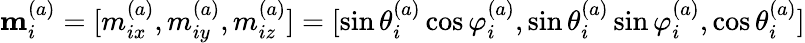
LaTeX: \mathbf{m}_{i}^{(a)}=[m_{ix}^{(a)},m_{iy}^{(a)},m_{iz}^{(a)}]=[\sin\theta_{i}^{(a)}\cos\varphi_{i}^{(a)},\sin\theta_{i}^{(a)}\sin\varphi_{i}^{(a)},\cos\theta_{i}^{(a)}]